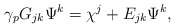
\begin{align*}\gamma_p G_{jk} \Psi^k= \chi^j +E_{jk} \Psi^k,\end{align*}